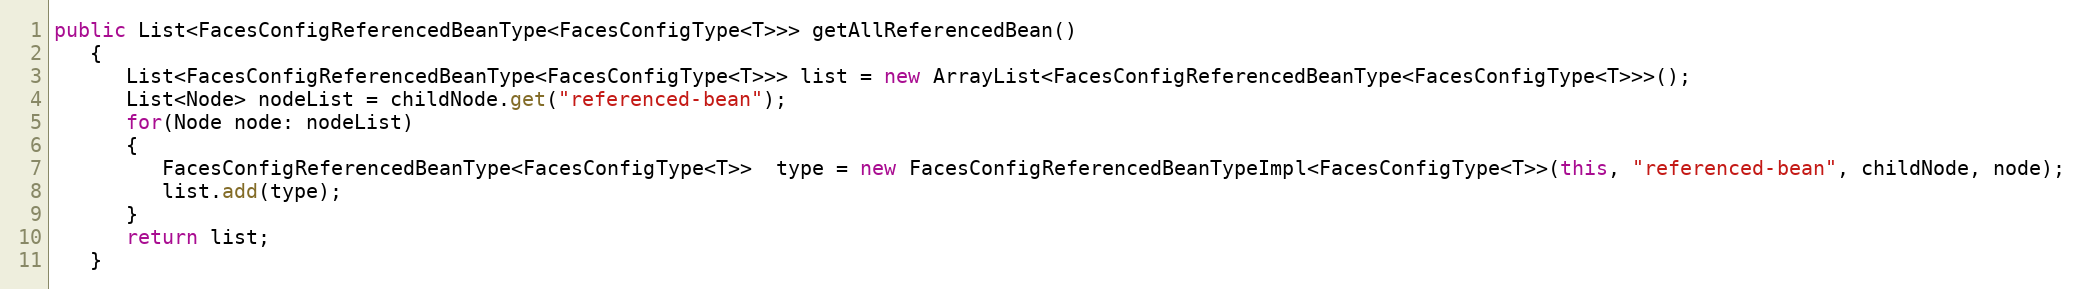
Language: Java
public List<FacesConfigReferencedBeanType<FacesConfigType<T>>> getAllReferencedBean()
   {
      List<FacesConfigReferencedBeanType<FacesConfigType<T>>> list = new ArrayList<FacesConfigReferencedBeanType<FacesConfigType<T>>>();
      List<Node> nodeList = childNode.get("referenced-bean");
      for(Node node: nodeList)
      {
         FacesConfigReferencedBeanType<FacesConfigType<T>>  type = new FacesConfigReferencedBeanTypeImpl<FacesConfigType<T>>(this, "referenced-bean", childNode, node);
         list.add(type);
      }
      return list;
   }